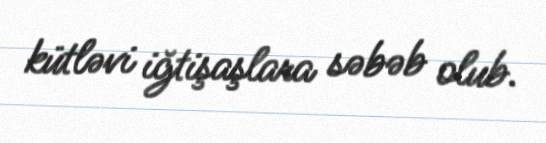
kütləvi iğtişaşlara səbəb olub.